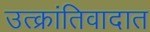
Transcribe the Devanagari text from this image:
उत्क्रांतिवादात